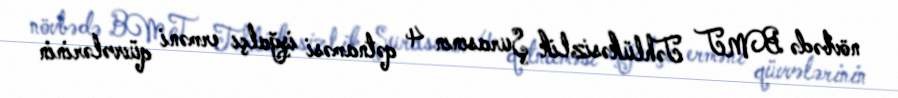
növbədə BMT Təhlükəsizlik Şurasının 4 qətnaməsi işğalçı erməni qüvvələrinin